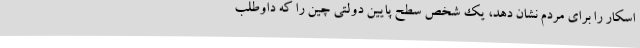
اسکار را برای مردم نشان دهد، یک شخص سطح پایین دولتی چین را که داوطلب